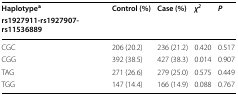
<table><thead><tr><td><b>Haplotype<sup>a</sup></b></td><td rowspan="2"><b>Control (%)</b></td><td rowspan="2"><b>Case (%)</b></td><td rowspan="2"><b><i>χ</i><sup><i>2</i></sup></b></td><td rowspan="2"><b><i>P</i></b></td></tr><tr><td><b>rs1927911-rs1927907-rs11536889</b></td></tr></thead><tbody><tr><td>CGC</td><td>206 (20.2)</td><td>236 (21.2)</td><td>0.420</td><td>0.517</td></tr><tr><td>CGG</td><td>392 (38.5)</td><td>427 (38.3)</td><td>0.014</td><td>0.907</td></tr><tr><td>TAG</td><td>271 (26.6)</td><td>279 (25.0)</td><td>0.575</td><td>0.449</td></tr><tr><td>TGG</td><td>147 (14.4)</td><td>166 (14.9)</td><td>0.088</td><td>0.767</td></tr></tbody></table>